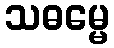
သဓမ္မေ